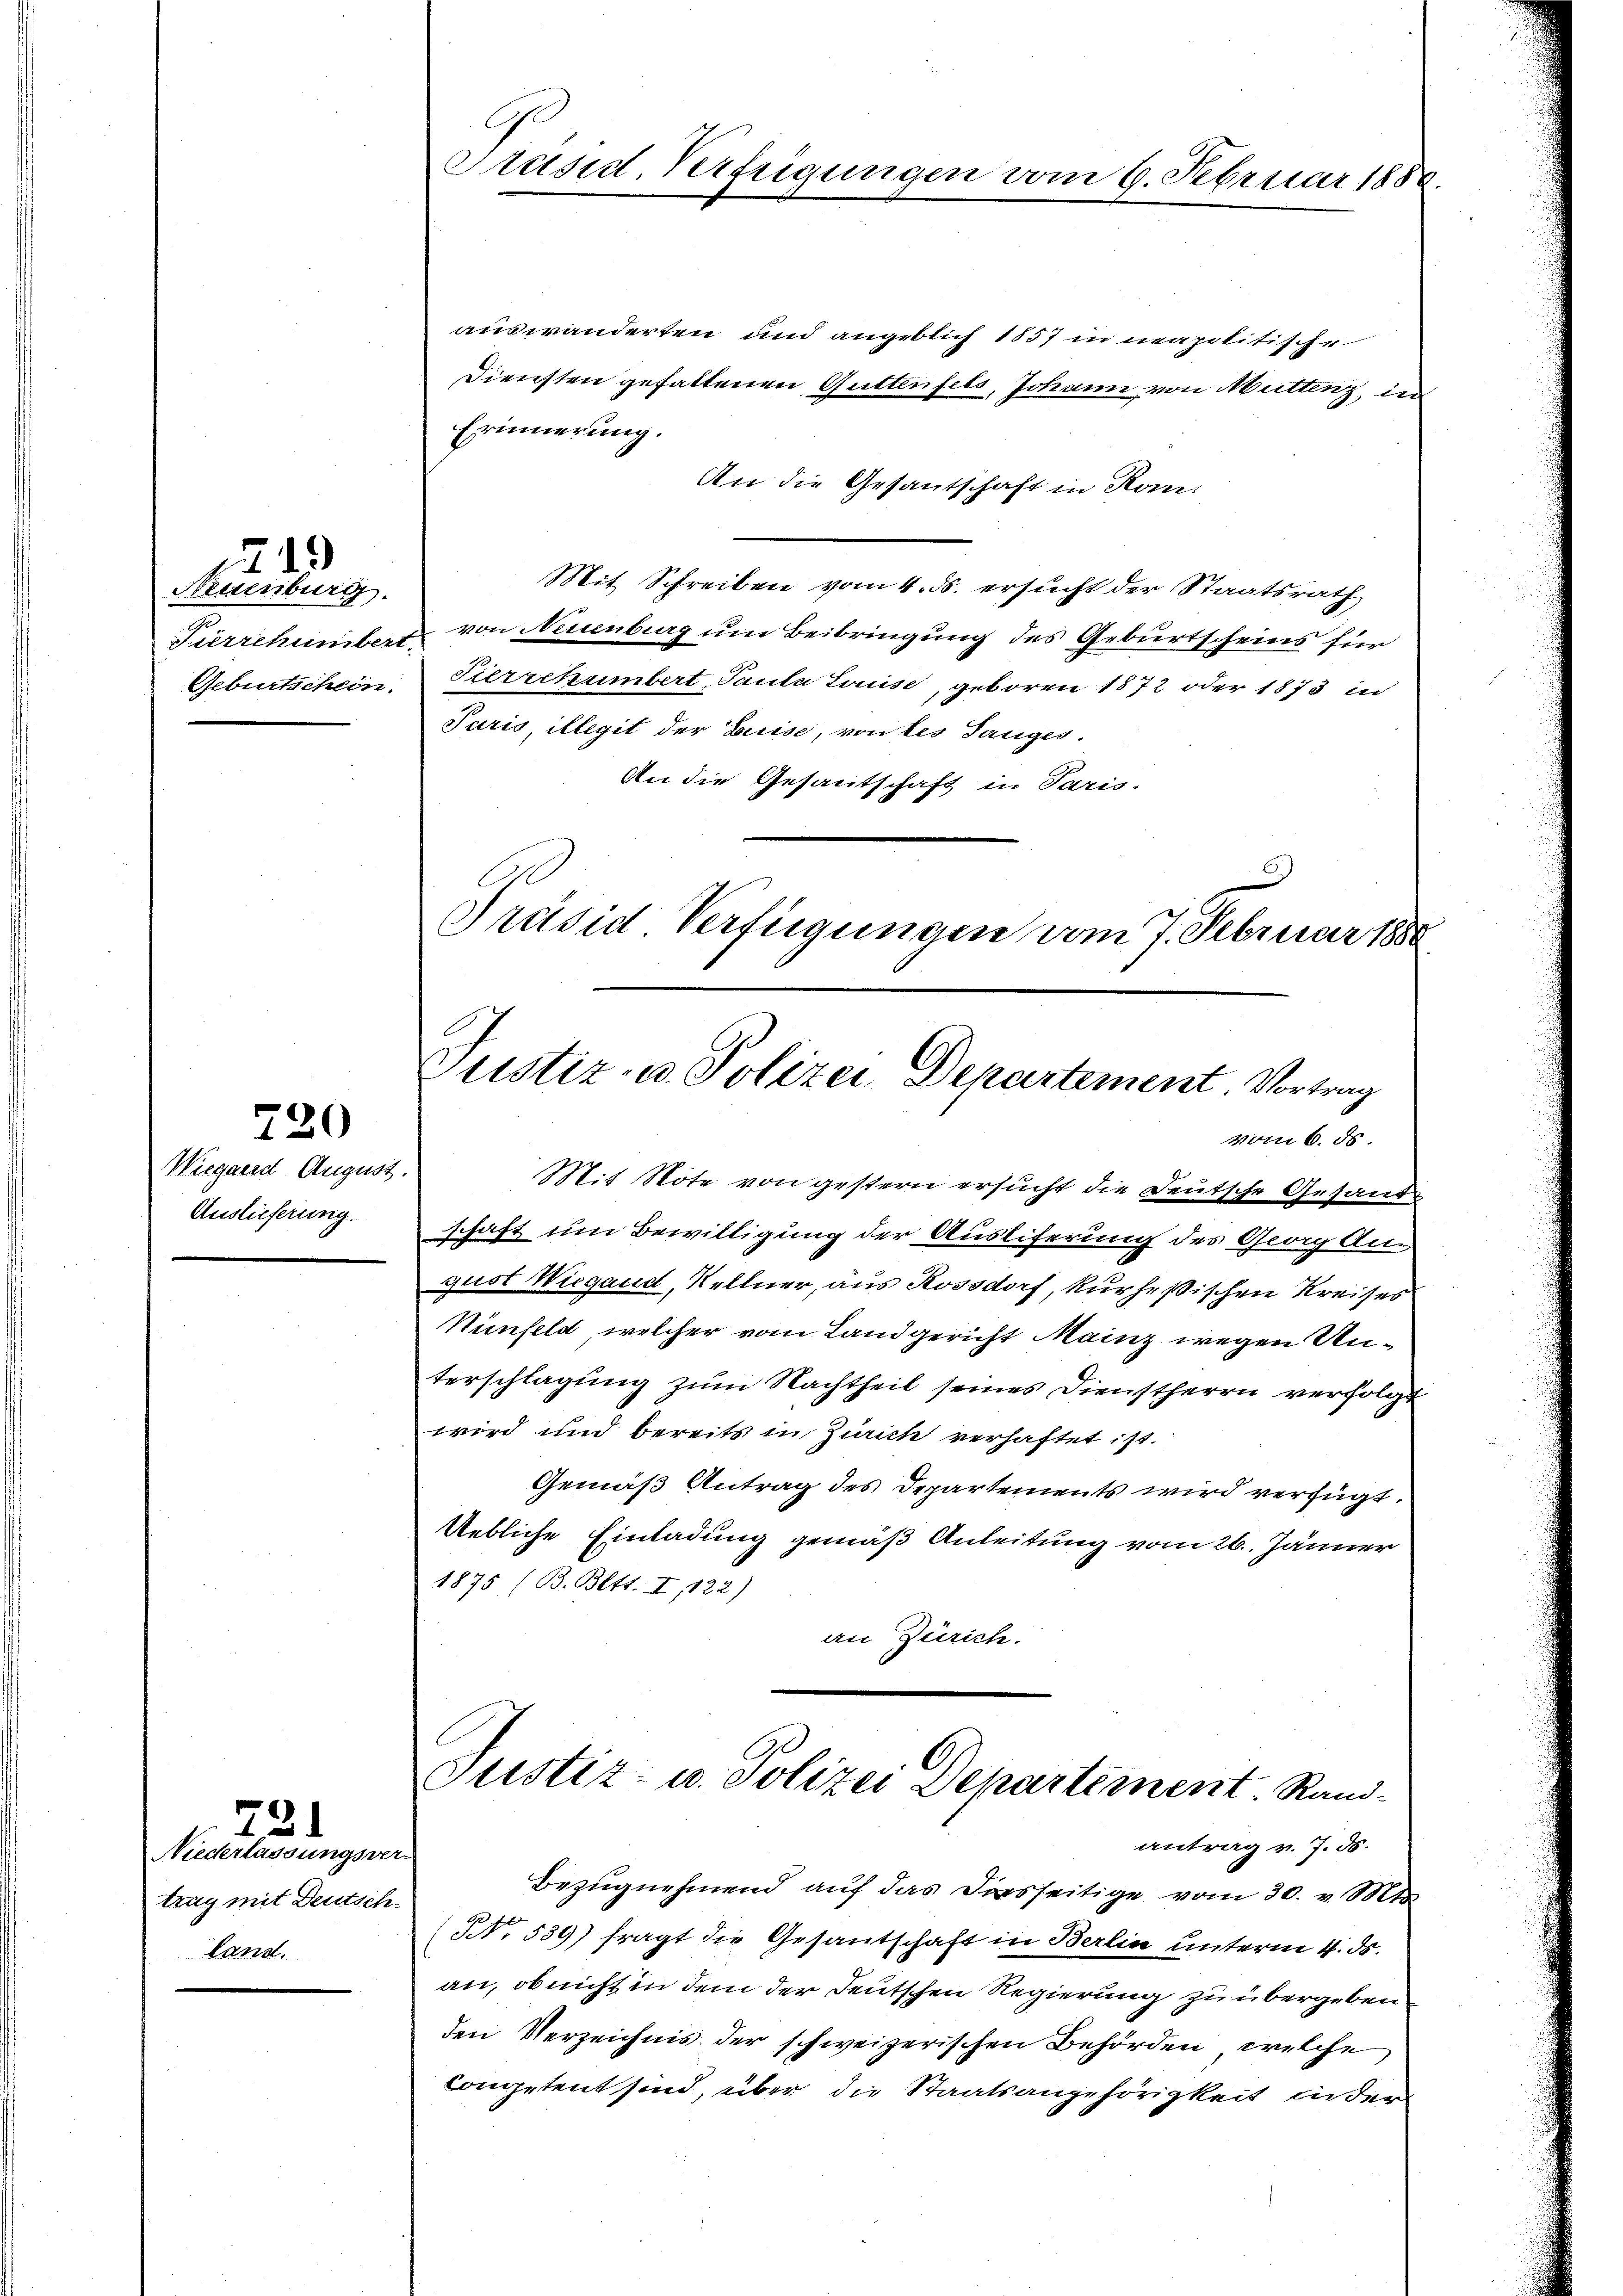
Neuenburg.
Pierrchümbert.
Geburtschein.

d
7

72

720

Wiegaerd August.
Auslieferung.

Niederlassungsver-
trag mit Deutsch.
land.

Präsid. Verfügungen vom 9. Februar 188

auswanderten und angeblich 1857 in neapolitische
Diensten gefallenen Güttenfels, Johann von Muttenz, in
Erinnerung.
An die Gesantschaft in Kon-
Mit Schreiben vom 4. ds. ersucht der Staatsrath
von Neuenburg um Beibringung des Geburtscheins für
Sierrehumbert, Paula Louise, geboren 1872 oder 1873 in
Paris illegit der Luise, von des Tauges.
An die Gesantschaft in Paris.
.
Präsid Verfügungen vom 7. Februar 1880

Justiz- u. Polizei Departement. Vortrag
vom 6. ds.

Mit Note von gestern ersucht die Deutsche Gesandschaft um Bewilligung der Ausliferung des Georg Angust Wiegaud, Kellner, aus Rossdorf, kurhesischen Kreises
Ninfeld, welcher vom Landgericht Mainz wegen Unterschlagung zum Nachtheil seines Dienstherrn verfolgt
wird und bereits in Zürich verhaftet ist.
Gemäß Antrag des Departements wird verfügt:
Uebliche Einladung gemäß Anleitung vom 26. Jänner
1875 (B. Bett. I, 122)
an Zürich.

Justiz- u. Polizei Departement. Randantrag v. J. ds.

Bezugnehmend auf das Diesseitige vom 30. v. Mts.
NNo. 539) fragt die Gesantschaft in Berlin unterm 4. ds.
an, ob nicht in dem der Teutschen Regierung zu übergebenden Verzeichnis der schweizerischen Behörden, welche
Competent sind, über die Staatsangehörigkeit in der